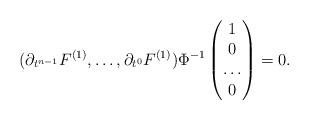
LaTeX: \begin{align*} (\partial_{t^{n-1}}F^{(1)},\dots,\partial_{t^{0}}F^{(1)}) \Phi^{-1} \begin{pmatrix} 1\\ 0 \\ \dots \\ 0 \end{pmatrix}=0.\end{align*}